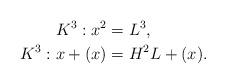
LaTeX: \begin{align*}K^3:x^2 &=L^3,\\K^3:x+(x) &=H^2L+(x). \end{align*}